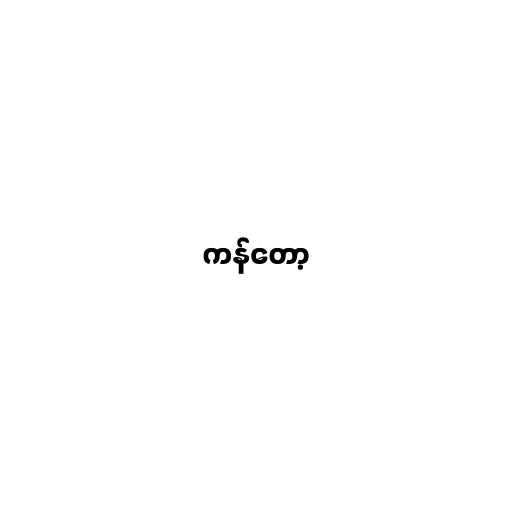
ကန်တော့